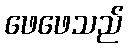
ဖေဖေသည်